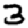
Digit: 3